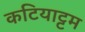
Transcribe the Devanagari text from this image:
कटियाट्टम